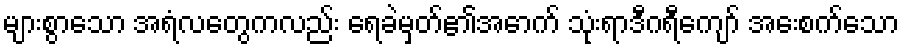
များစွာသော အရံလတွေကလည်း ရေခဲမှတ်၏အောက် သုံးရာဒီဂရီကျော် အေးစက်သော